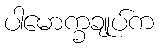
ပါမောက္ခချုပ်က